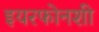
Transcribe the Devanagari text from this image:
इयरफोनशी